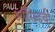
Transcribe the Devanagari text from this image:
ऑसिडची